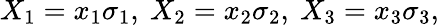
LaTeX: X_{1}=x_{1}\sigma_{1},~X_{2}=x_{2}\sigma_{2},~X_{3}=x_{3}\sigma_{3},